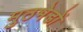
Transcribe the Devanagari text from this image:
मुठभेडों